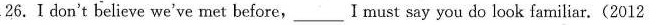
26.Ⅰdon't believe we've met before,I must say you do look familiar.(2012